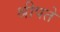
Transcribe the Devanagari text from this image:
श्रीपते